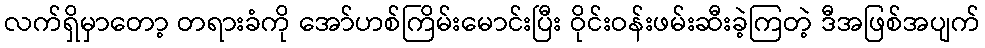
လက်ရှိမှာတော့ တရားခံကို အော်ဟစ်ကြိမ်းမောင်းပြီး ဝိုင်းဝန်းဖမ်းဆီးခဲ့ကြတဲ့ ဒီအဖြစ်အပျက်